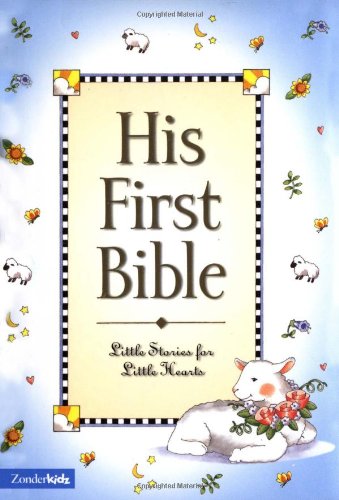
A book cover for His First Bible; Melody Carlson; Christian Books & Bibles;